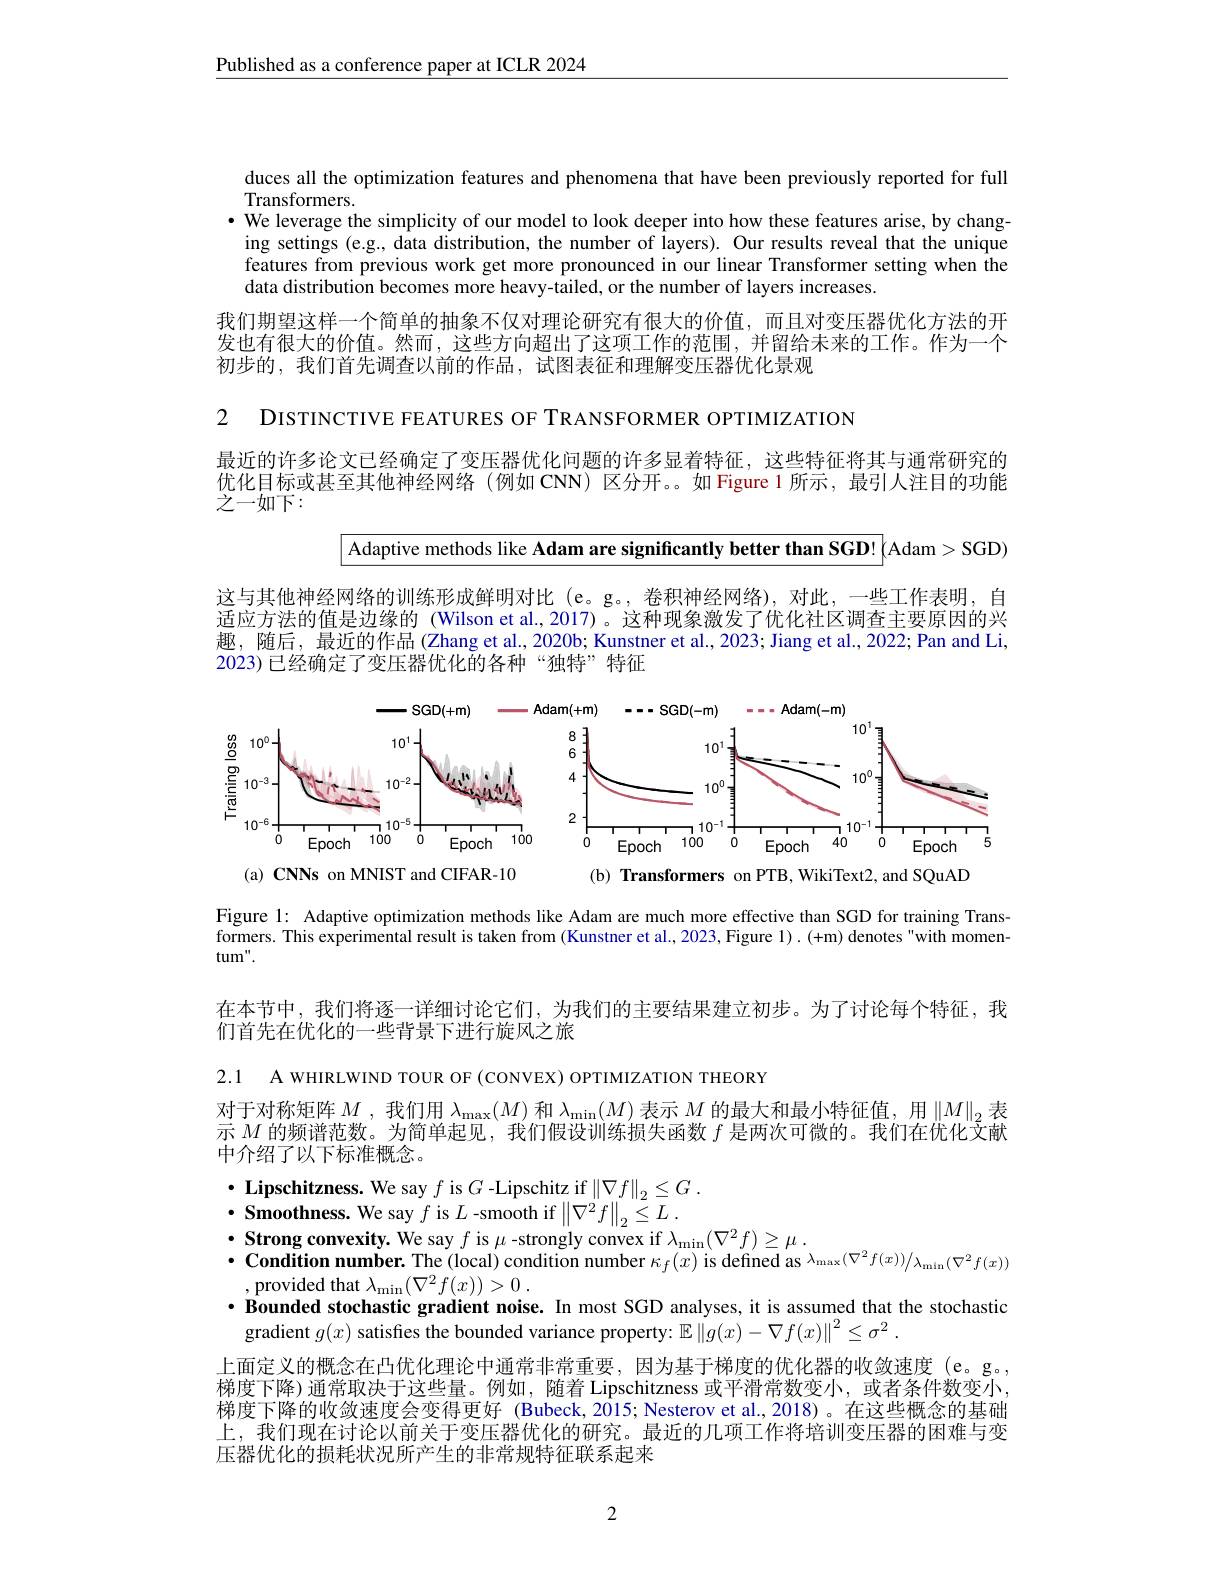
$\underline{\text{Published as a conference paper at ICLR 2024}}$

duces all the optimization features and phenomena that have been previously reported for full
Transformers.
$\bullet$ We leverage the simplicity of our model to look deeper into how these features arise, by changing settings (e.g., data distribution, the number of layers). Our results reveal that the unique features from previous work get more pronounced in our linear Transformer setting when the data distribution becomes more heavy-tailed, or the number of layers increases
我们期望这样一个简单的抽象不仅对理论研究有很大的价值，而且对变压器优化方法的开发也有很大的价值。然而，这些方向超出了这项工作的范围，并留给未来的工作。作为一个初步的，我们首先调查以前的作品，试图表征和理解变压器优化景观

2 DISTINCTIVE FEATURES OF TRANSFORMER OPTIMIZATION

最近的许多论文已经确定了变压器优化问题的许多显着特征，这些特征将其与通常研究的优化目标或甚至其他神经网络(例如 CNN) 区分开。。如 Figure 1 所示，最引人注目的功能之一如下：
$$\boxed{\text{Adaptive methods like Adam are significantly better than SGD!}}\text{(Adam>SGD)}$$
这与其他神经网络的训练形成鲜明对比 (e。g。, 卷积神经网络), 对此，一些工作表明，自适应方法的值是边缘的 (Wilson et al.,2017)。这种现象激发了优化社区调查主要原因的兴趣，随后，最近的作品(Zhang et al., 2020b; Kunstner et al., 2023; Jiang et al., 2022; Pan and Li, 2023)已经确定了变压器优化的各种“独特”特征

<FigureHere>
(a) CNNs on MNIST and CIFAR-10
(b) Transformers on PTB, WikiText2, and SQuAD

Figure l: Adaptive optimization methods like Adam are much more effective than SGD for training Trans-

formers. This experimental result is taken from (Kunstner et al., 2023, Figure 1). (+m) denotes "with momen-

$tum".$

在本节中，我们将逐一详细讨论它们，为我们的主要结果建立初步。为了讨论每个特征，我
们首先在优化的一些背景下进行旋风之旅

2.1 A WHIRLWIND TOUR OF(CONVEX) OPTIMIZATION THEORY

对于对称矩阵$M$ ,我们用$\lambda_\max(M)$和$\lambda_\min(M)$表示$M$的最大和最小特征值，用$\left\|M\right\|_2$表示$M$的频谱范数。为简单起见，我们假设训练损失函数$f$是两次可微的。我们在优化文献中介绍了以下标准概念。

$\bullet$ Lipschitzness. We say $f$ is $G$ -Lipschitz if $\left \| \nabla f\right \| _2\leq G$ .
$\cdot$ Smoothness. We say $f$ is $L$ -smooth if$\left \| \nabla ^{2}f\right \| _{2}\leq L$ .
$\cdot$ Strong convexity. We say $f$ is $\mu$ -strongly convex if $\lambda_\min(\nabla^2f)\geq\mu.$
$\cdot \textbf{Condition number. The( local) condition number }\kappa _{f}( x)$ is defined as $\lambda_\mathrm{max}(\nabla^{2}f(x))/\lambda_\mathrm{min}(\nabla^{2}f(x))$
,provided that $\lambda_\mathrm{min}(\nabla^{2}f(x))>0.$
·Bounded stochastic gradient noise. In most SGD analyses, it is assumed that the stochastic
gradient $g(x)$ satisfes the bounded variance property: $\mathbb{E}\left\|g(x)-\nabla f(x)\right\|^2\leq\sigma^2.$
上面定义的概念在凸优化理论中通常非常重要，因为基于梯度的优化器的收敛速度(e。g。, 梯度下降)通常取决于这些量。例如，随着 Lipschitzness 或平滑常数变小，或者条件数变小梯度下降的收敛速度会变得更好 (Bubeck,2015; Nesterov et al.,2018)。在这些概念的基础上，我们现在讨论以前关于变压器优化的研究。最近的几项工作将培训变压器的困难与变压器优化的损耗状况所产生的非常规特征联系起来

2